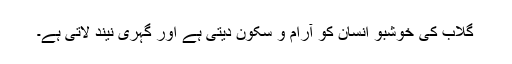
گلاب کی خوشبو انسان کو آرام و سکون دیتی ہے اور گہری نیند لاتی ہے۔